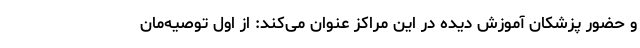
و حضور پزشکان آموزش دیده در این مراکز عنوان می‌کند: از اول توصیه‌مان